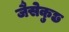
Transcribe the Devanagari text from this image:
जैसेकुछ